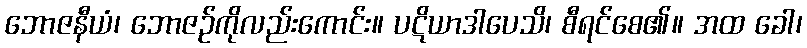
ဘောဇနီယံ၊ ဘောဇဉ်ကိုလည်းကောင်း။ ပဋိယာဒါပေသိ၊ စီရင်စေ၏။ အထ ခေါ၊